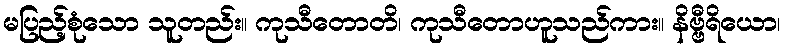
မပြည့်စုံသော သူတည်း။ ကုသီတောတိ၊ ကုသီတောဟူသည်ကား။ နိဗ္ဗီရိယော၊